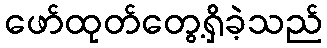
ဖော်ထုတ်တွေ့ရှိခဲ့သည်